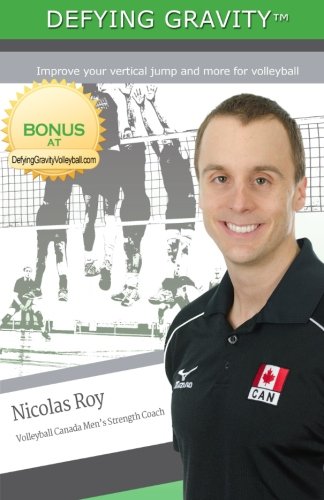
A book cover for Defying Gravity: Improve your vertical jump and more for volleyball; Nicolas Roy; Sports & Outdoors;